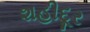
શહીદૂર